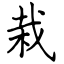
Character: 栽